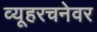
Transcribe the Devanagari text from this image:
व्यूहरचनेवर